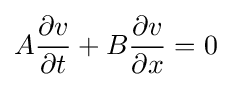
A{\frac {\partial v}{\partial t}}+B{\frac {\partial v}{\partial x}}=0